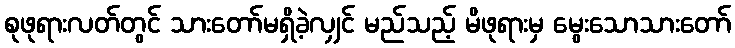
စုဖုရားလတ်တွင် သားတော်မရှိခဲ့လျှင် မည်သည့် မိဖုရားမှ မွေးသောသားတော်